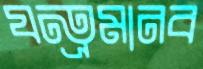
যন্ত্রমানব